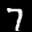
Label: 7